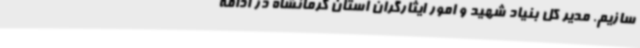
سازیم. مدیر کل بنیاد شهید و امور ایثارگران استان کرمانشاه در ادامه